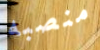
منصبه